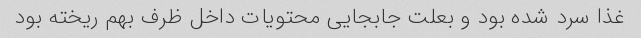
غذا سرد شده بود و بعلت جابجایی محتویات داخل ظرف بهم ریخته بود